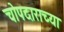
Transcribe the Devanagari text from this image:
चोपदाराच्या